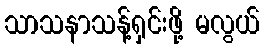
သာသနာသန့်ရှင်းဖို့ မလွယ်